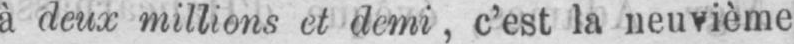
à deux millions et demi, c’est la neuvième